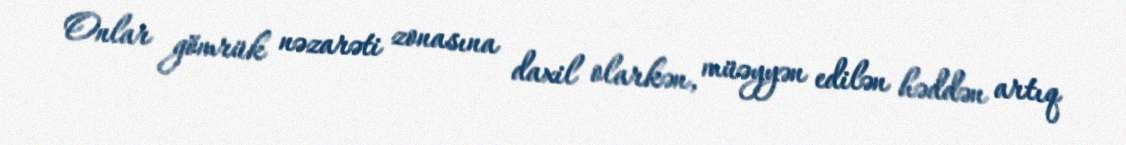
Onlar gömrük nəzarəti zonasına daxil olarkən, müəyyən edilən həddən artıq